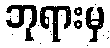
ဘုရားမှ